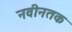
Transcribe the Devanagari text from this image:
नवीनतक